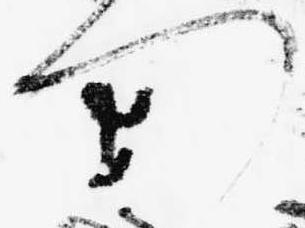
つ